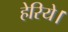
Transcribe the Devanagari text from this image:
हेरिये।